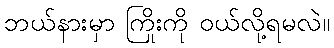
ဘယ်နားမှာ ကြိုးကို ဝယ်လို့ရမလဲ။